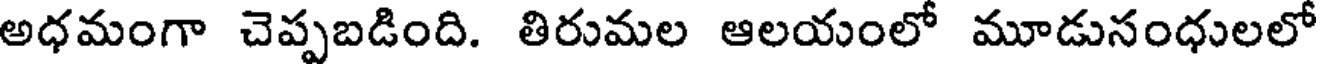
అధమంగా చెప్పబడింది. తిరుమల ఆలయంలో మూడునంధులలో